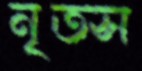
নৃতস